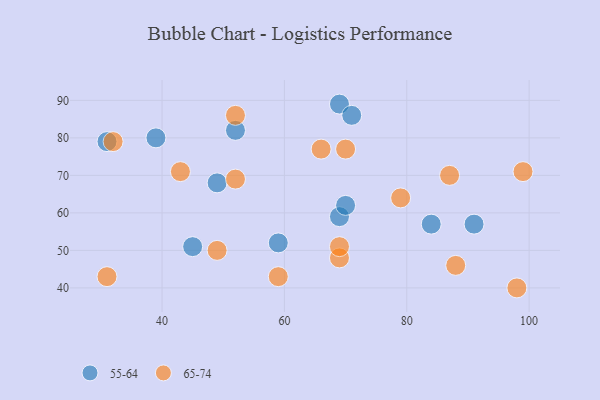
{"axis": {"x": "GDP", "y": "Life Expectancy"}, "legend": ["55-64", "65-74"], "data": [{"x": "69", "y": 89, "type": "55-64"}, {"x": "59", "y": 52, "type": "55-64"}, {"x": "49", "y": 68, "type": "55-64"}, {"x": "91", "y": 57, "type": "55-64"}, {"x": "45", "y": 51, "type": "55-64"}, {"x": "31", "y": 79, "type": "55-64"}, {"x": "71", "y": 86, "type": "55-64"}, {"x": "52", "y": 82, "type": "55-64"}, {"x": "69", "y": 59, "type": "55-64"}, {"x": "39", "y": 80, "type": "55-64"}, {"x": "70", "y": 62, "type": "55-64"}, {"x": "84", "y": 57, "type": "55-64"}, {"x": "70", "y": 77, "type": "65-74"}, {"x": "59", "y": 43, "type": "65-74"}, {"x": "98", "y": 40, "type": "65-74"}, {"x": "79", "y": 64, "type": "65-74"}, {"x": "32", "y": 79, "type": "65-74"}, {"x": "66", "y": 77, "type": "65-74"}, {"x": "49", "y": 50, "type": "65-74"}, {"x": "87", "y": 70, "type": "65-74"}, {"x": "52", "y": 86, "type": "65-74"}, {"x": "69", "y": 48, "type": "65-74"}, {"x": "52", "y": 69, "type": "65-74"}, {"x": "69", "y": 51, "type": "65-74"}, {"x": "31", "y": 43, "type": "65-74"}, {"x": "99", "y": 71, "type": "65-74"}, {"x": "88", "y": 46, "type": "65-74"}, {"x": "43", "y": 71, "type": "65-74"}]}